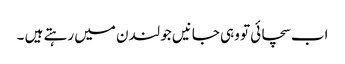
اب سچائی تو وہی جانیں جو لندن میں رہتے ہیں ۔